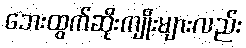
ဘေးထွက်ဆိုးကျိုးများလည်း